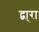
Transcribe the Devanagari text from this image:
द्वा्रा